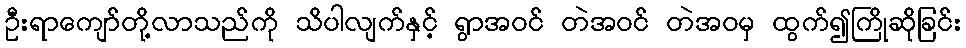
ဦးရာကျော်တို့လာသည်ကို သိပါလျက်နှင့် ရွာအဝင် တဲအဝင် တဲအဝမှ ထွက်၍ကြိုဆိုခြင်း